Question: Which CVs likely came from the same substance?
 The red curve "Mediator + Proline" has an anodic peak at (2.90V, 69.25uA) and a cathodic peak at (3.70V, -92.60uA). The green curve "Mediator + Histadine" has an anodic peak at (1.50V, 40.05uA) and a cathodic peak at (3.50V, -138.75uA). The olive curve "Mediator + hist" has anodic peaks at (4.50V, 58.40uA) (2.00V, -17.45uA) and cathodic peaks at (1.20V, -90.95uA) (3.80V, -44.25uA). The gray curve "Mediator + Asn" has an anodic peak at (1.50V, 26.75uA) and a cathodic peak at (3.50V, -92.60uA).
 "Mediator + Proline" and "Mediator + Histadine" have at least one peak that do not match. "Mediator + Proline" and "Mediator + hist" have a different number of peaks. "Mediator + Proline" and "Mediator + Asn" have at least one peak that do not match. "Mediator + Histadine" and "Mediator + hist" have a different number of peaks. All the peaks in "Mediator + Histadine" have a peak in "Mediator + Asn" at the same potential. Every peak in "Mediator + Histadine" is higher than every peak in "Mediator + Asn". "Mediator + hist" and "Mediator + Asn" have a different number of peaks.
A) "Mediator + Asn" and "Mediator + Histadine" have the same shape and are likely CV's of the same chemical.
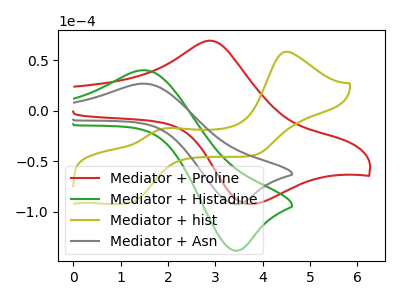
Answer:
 <answer>A) "Mediator + Asn" and "Mediator + Histadine" have the same shape and are likely CV's of the same chemical.</answer>
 <eval>A</eval>